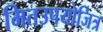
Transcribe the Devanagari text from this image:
मितउपयोजित्र